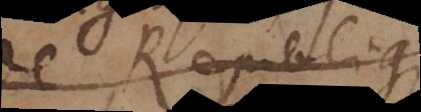
de Republique